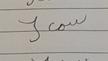
Signature authenticity: forged